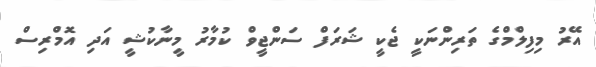
އޭރު މިފިލްމްގެ ތަރިންނަކީ ޖެކީ ޝަރަފް ސަންޖީވް ކުމާރު މީނާކުޝީ އަދި އޮމްރިސް